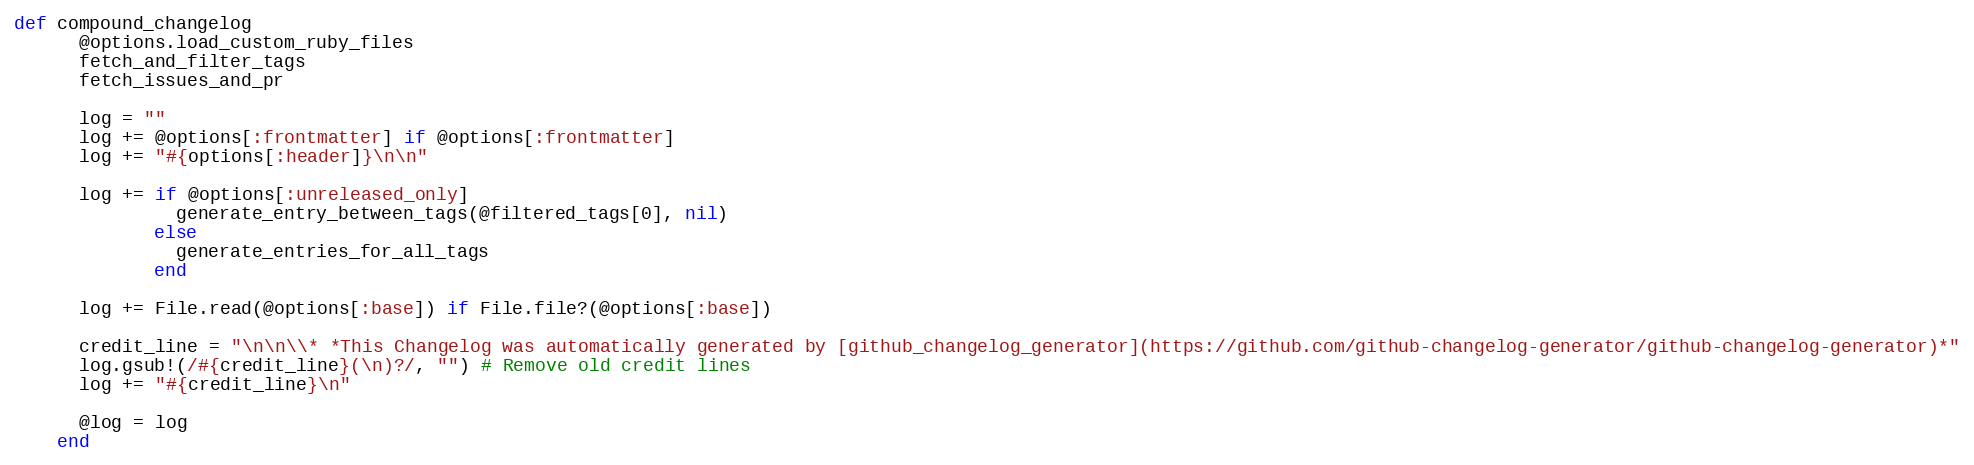
Language: Ruby
def compound_changelog
      @options.load_custom_ruby_files
      fetch_and_filter_tags
      fetch_issues_and_pr

      log = ""
      log += @options[:frontmatter] if @options[:frontmatter]
      log += "#{options[:header]}\n\n"

      log += if @options[:unreleased_only]
               generate_entry_between_tags(@filtered_tags[0], nil)
             else
               generate_entries_for_all_tags
             end

      log += File.read(@options[:base]) if File.file?(@options[:base])

      credit_line = "\n\n\\* *This Changelog was automatically generated by [github_changelog_generator](https://github.com/github-changelog-generator/github-changelog-generator)*"
      log.gsub!(/#{credit_line}(\n)?/, "") # Remove old credit lines
      log += "#{credit_line}\n"

      @log = log
    end